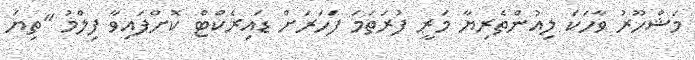
މަޝްހޫރު ވާހަކަ ލިއުންތެރިޔާ މަރީ ފުރަތަމަ ފަހަރަށް ޑައިރެކްޓް ކޮށްފައިވާ ފިލްމު "ތިޔަ